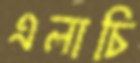
এলাচি